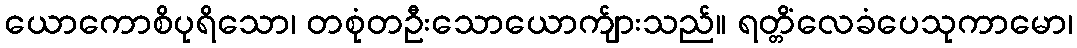
ယောကောစိပုရိသော၊ တစုံတဦးသောယောက်ျားသည်။ ရတ္တိံလေခံပေသုကာမော၊